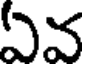
ఏవ